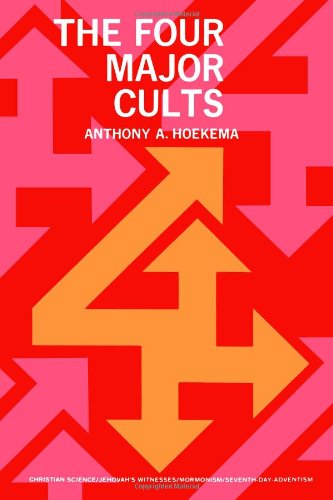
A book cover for The Four Major Cults: Christian Science, Jehovah's Witnesses, Mormonism, Seventh-day Adventism; Mr. Anthony A. Hoekema; Religion & Spirituality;